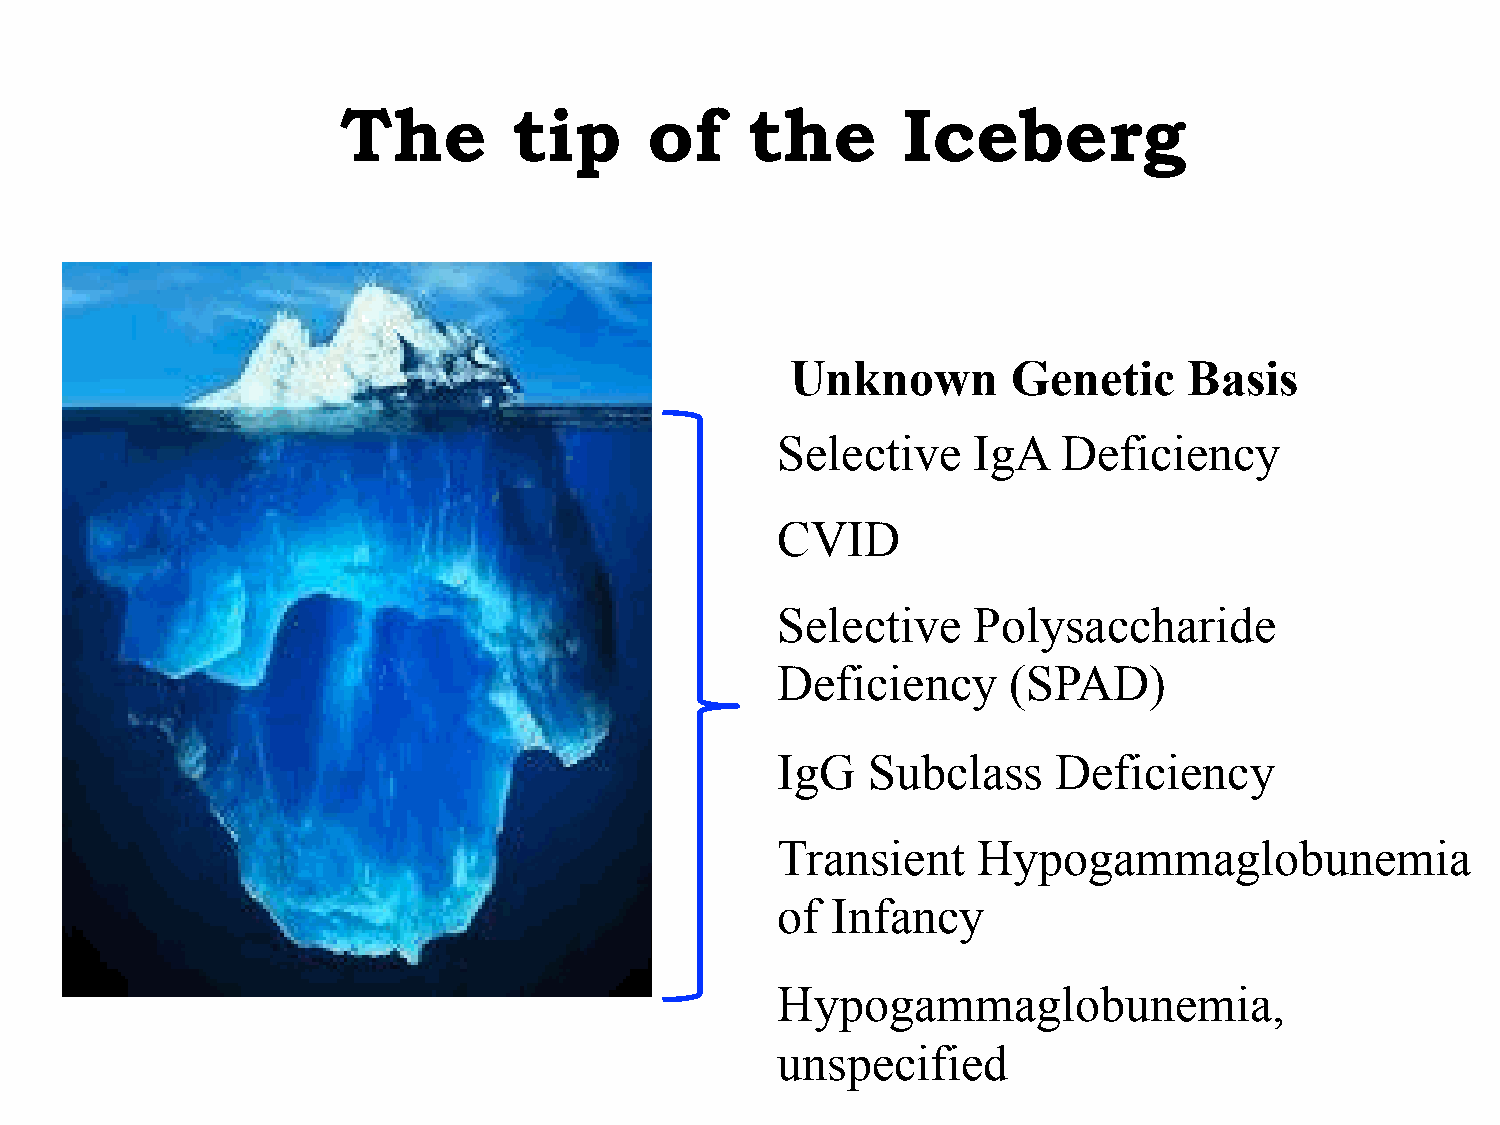
The        tip      of     the       Iceberg
 Unknown        Genetic     Basis
 Selective    IgA   Deficiency
 CVID
 Selective    Polysaccharide
 Deficiency      (SPAD)
 IgG   Subclass     Deficiency
 Transient     Hypogammaglobunemia
 of  Infancy
 Hypogammaglobunemia,
 unspecified